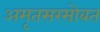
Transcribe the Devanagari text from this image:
अमृतसरसोबत